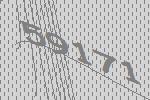
59171